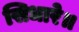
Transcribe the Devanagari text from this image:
सिधारे॥